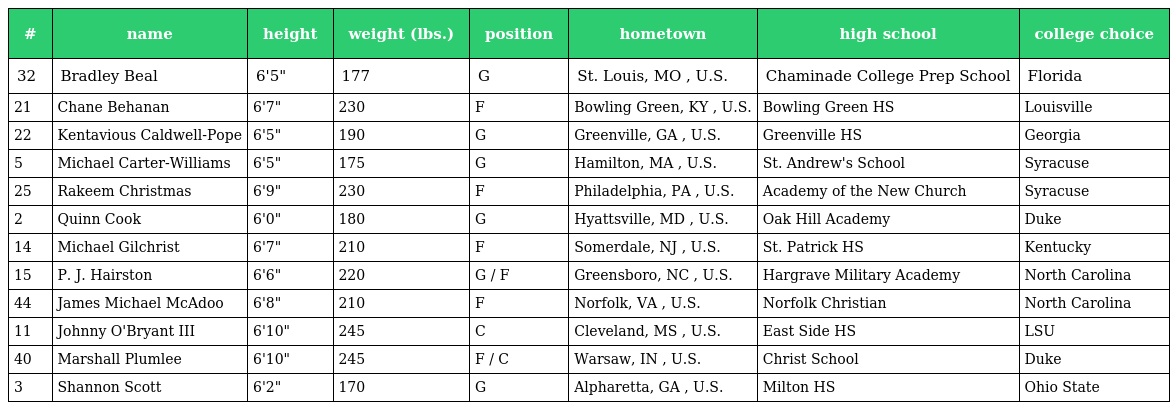
| # | name | height | weight (lbs.) | position | hometown | high school | college choice |
 | --- | --- | --- | --- | --- | --- | --- | --- |
 | 32 | Bradley Beal | 6'5" | 177 | G | St. Louis, MO , U.S. | Chaminade College Prep School | Florida |
 | 21 | Chane Behanan | 6'7" | 230 | F | Bowling Green, KY , U.S. | Bowling Green HS | Louisville |
 | 22 | Kentavious Caldwell-Pope | 6'5" | 190 | G | Greenville, GA , U.S. | Greenville HS | Georgia |
 | 5 | Michael Carter-Williams | 6'5" | 175 | G | Hamilton, MA , U.S. | St. Andrew's School | Syracuse |
 | 25 | Rakeem Christmas | 6'9" | 230 | F | Philadelphia, PA , U.S. | Academy of the New Church | Syracuse |
 | 2 | Quinn Cook | 6'0" | 180 | G | Hyattsville, MD , U.S. | Oak Hill Academy | Duke |
 | 14 | Michael Gilchrist | 6'7" | 210 | F | Somerdale, NJ , U.S. | St. Patrick HS | Kentucky |
 | 15 | P. J. Hairston | 6'6" | 220 | G / F | Greensboro, NC , U.S. | Hargrave Military Academy | North Carolina |
 | 44 | James Michael McAdoo | 6'8" | 210 | F | Norfolk, VA , U.S. | Norfolk Christian | North Carolina |
 | 11 | Johnny O'Bryant III | 6'10" | 245 | C | Cleveland, MS , U.S. | East Side HS | LSU |
 | 40 | Marshall Plumlee | 6'10" | 245 | F / C | Warsaw, IN , U.S. | Christ School | Duke |
 | 3 | Shannon Scott | 6'2" | 170 | G | Alpharetta, GA , U.S. | Milton HS | Ohio State |